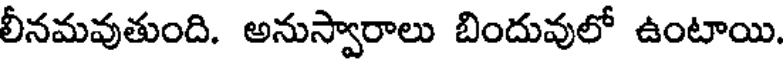
లీనమవుతుంది. అనుస్వారాలు బిందువులో ఉంటాయి.